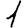
Digit: 1